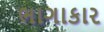
ભાગાકાર